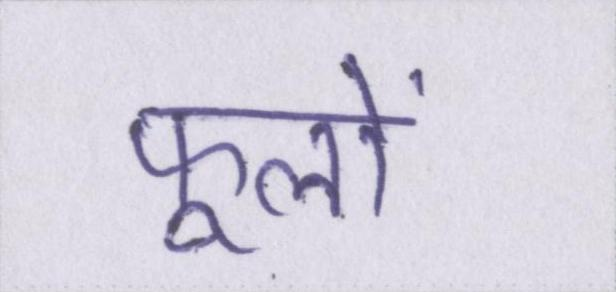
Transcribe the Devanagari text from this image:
फूलों